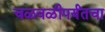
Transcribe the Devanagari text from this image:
चळवळीपर्यंतचा